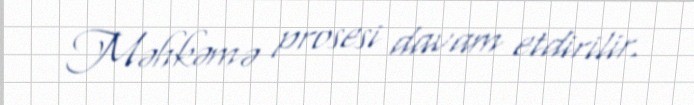
Məhkəmə prosesi davam etdirilir.